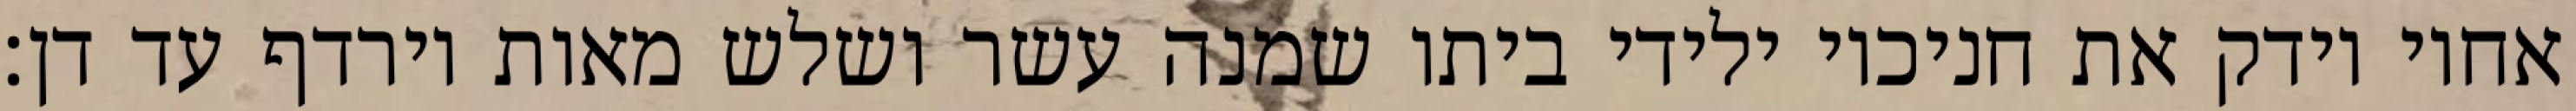
אחיו וידק את חניכיו ילידי ביתו שמנה עשר ושלש מאות וירדף עד דן׃